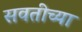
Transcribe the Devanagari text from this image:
सवतीच्या